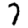
Digit: 7